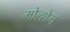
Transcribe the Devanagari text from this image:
मोल्शेम